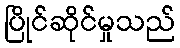
ပြိုင်ဆိုင်မှုသည်